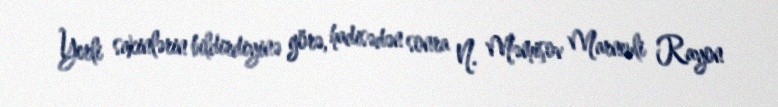
Yerli sakinlərin bildirdiyinə görə, hadisədən sonra N. Məmişov Marneuli Rayon